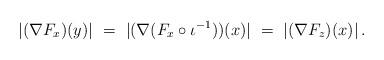
LaTeX: \begin{align*}|(\nabla F_x)(y)|~ =~ |(\nabla (F_x \circ \iota^{-1}))(x)|~ =~ |(\nabla F_z)(x)|\, .\end{align*}